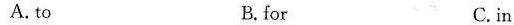
A. to B.for C.in